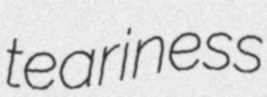
teariness